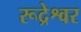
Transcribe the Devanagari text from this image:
रूद्रेश्वर